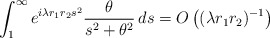
\begin{align*}\int_1^\infty e^{i\lambda r_1 r_2s^2} \frac{\theta}{s^2+\theta^2}\,ds=O\left((\lambda r_1r_2)^{-1}\right)\end{align*}